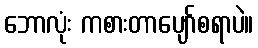
ဘောလုံး ကစားတာပျော်စရာပဲ။